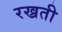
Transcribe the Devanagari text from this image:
रख्रती